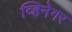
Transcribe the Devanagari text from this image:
व्हिनेगर